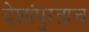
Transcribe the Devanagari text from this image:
देशांपुरताच